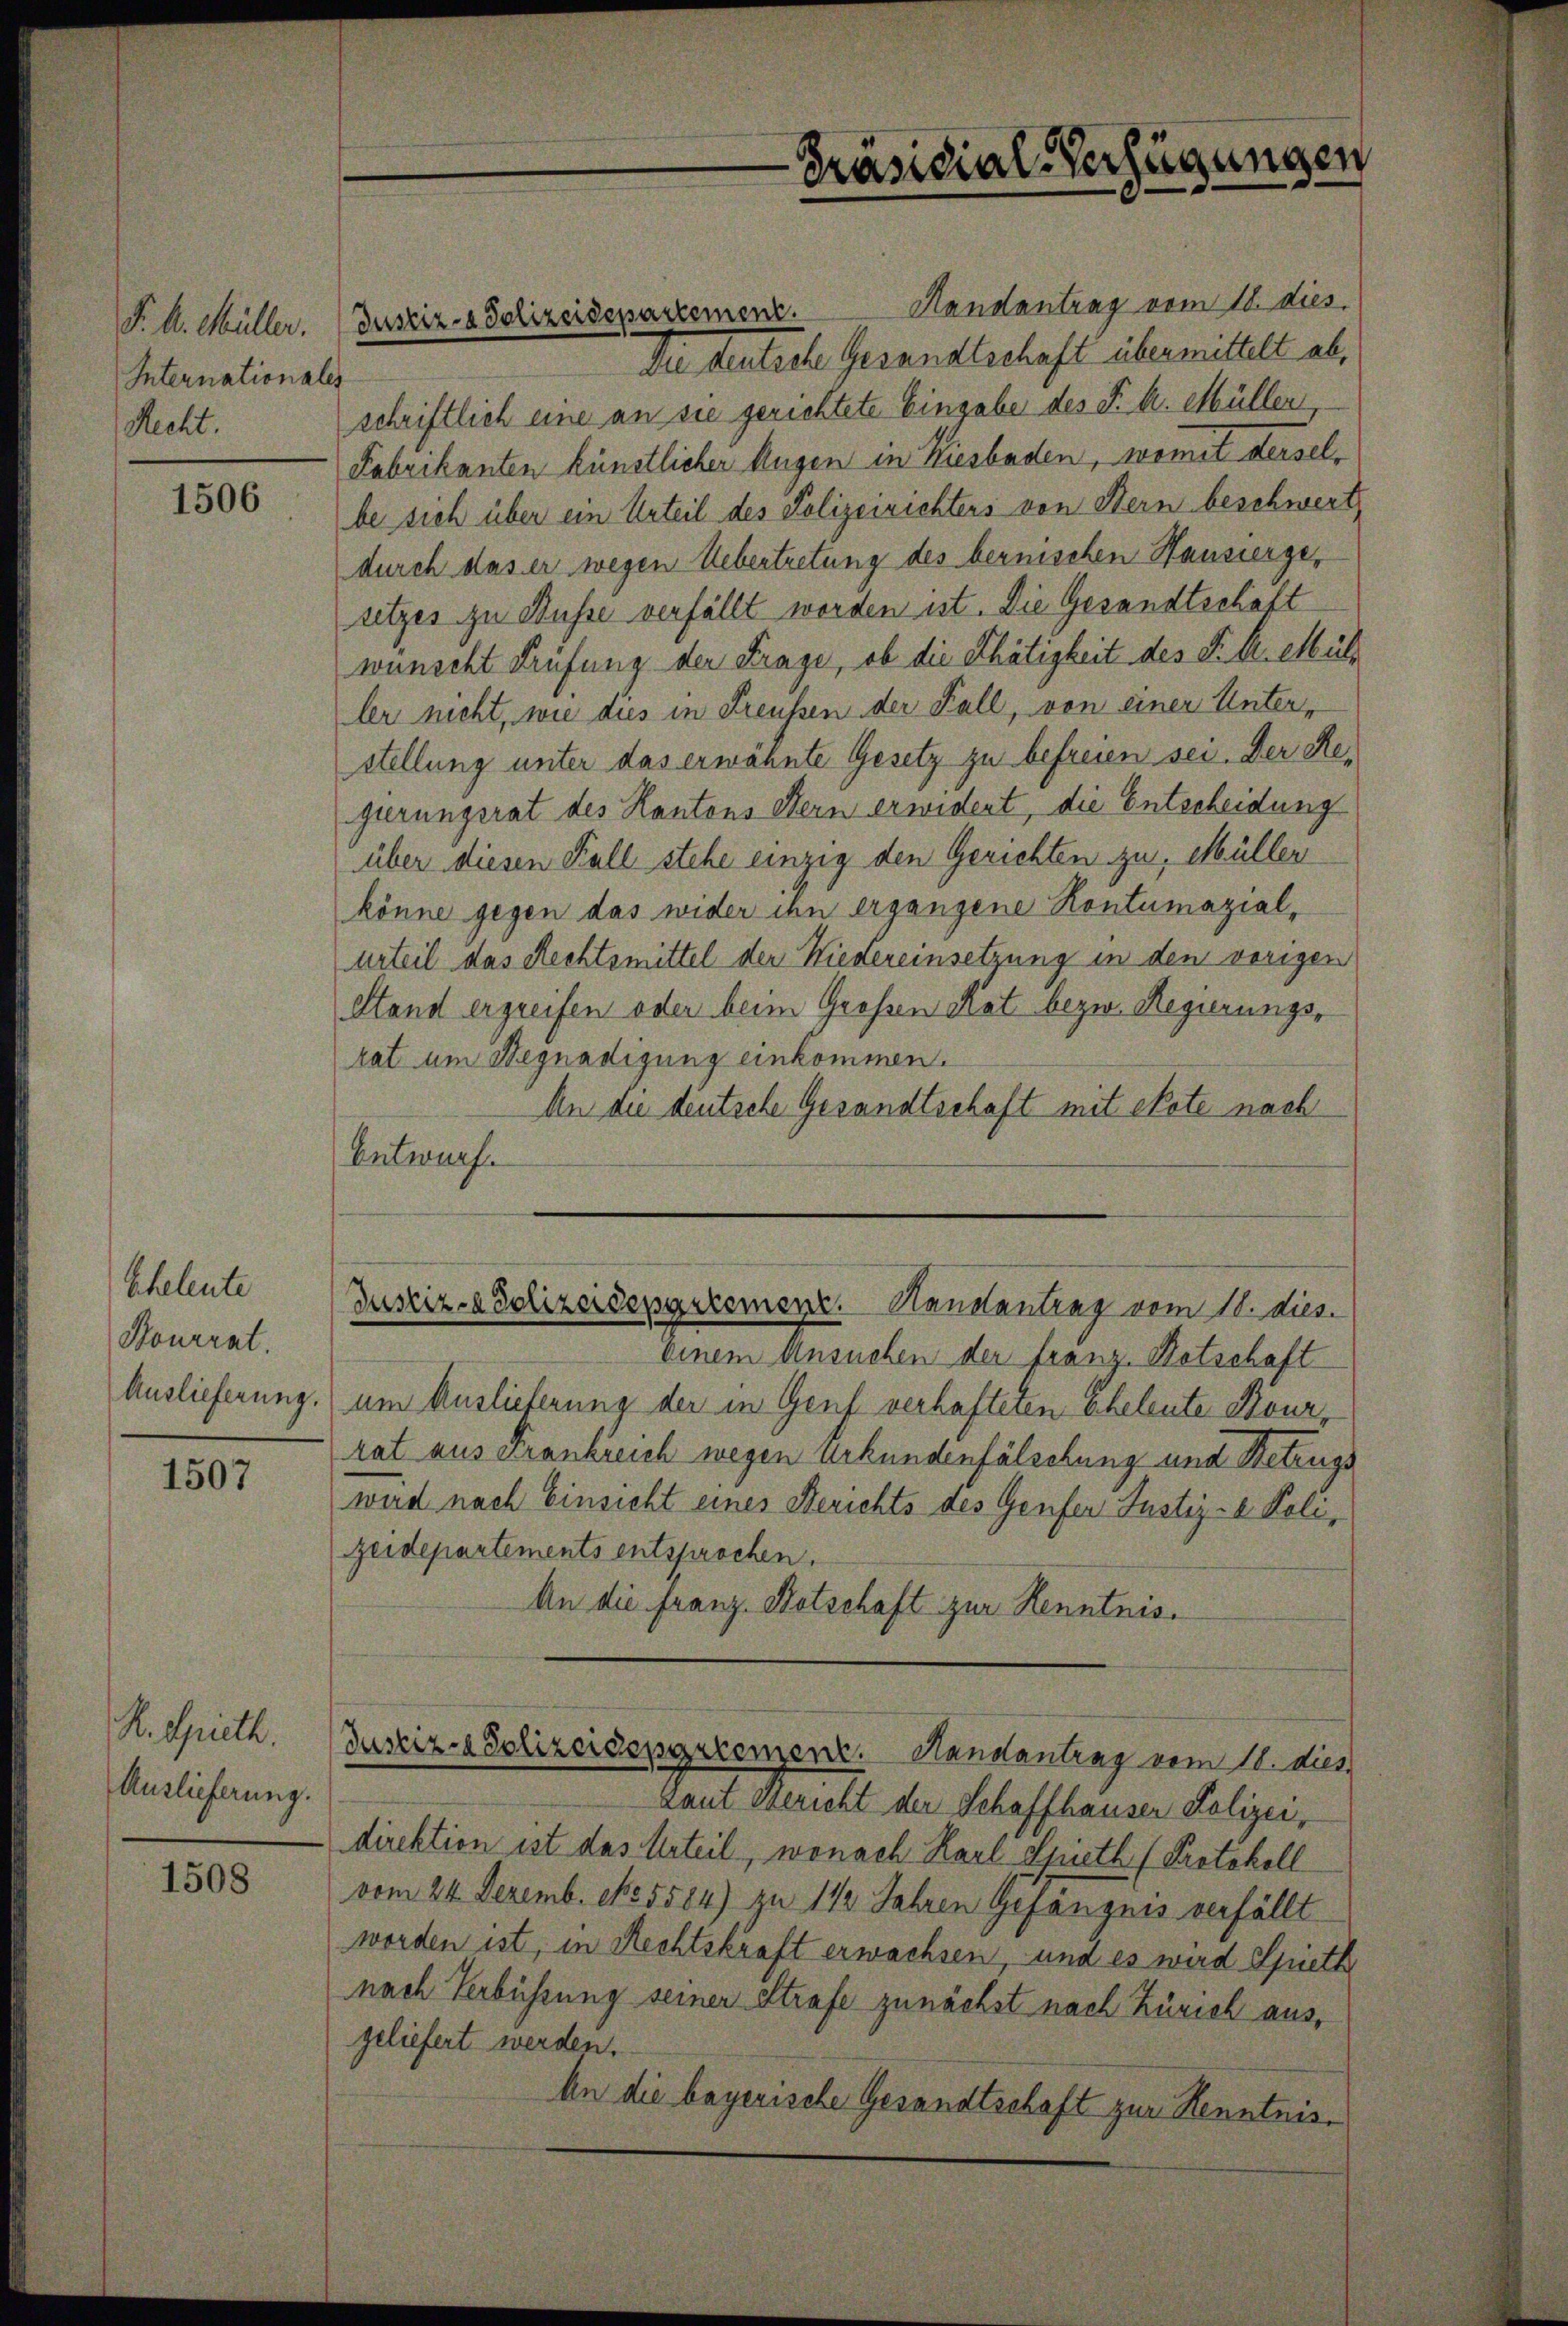
J. A. Müller.
Internationales
Recht.

1506

Scheleute
Kourrat.
Auslieferung.

1507

K. Grieth.
Auslieferung.

1508

Handantrag vom 18. dies
Die deutsche Gesandtschaft übermittelt ab,
schriftlich eine an sie gerichtete Eingabe des P. k. Müller,
Fabrikanten künstlicher Augen in Wiesbaden, womit derselbe sich über ein Urteil des Polizeirichters von Bern beschwert
durch das er wegen Uebertretung des bernischen Haussergesetzes zu Busse verfällt worden ist. Die Gesandtschaft
wünscht Prüfung der Frage, ob die Thätigkeit des Fr. k. Mül
ler nicht, wie dies in Freussen der Fall, von einer Unter-
stellung unter das erwähnte Gesetz zu befreien sei. Der Regierungsrat des Kantons Stern erwidert, die Entscheidung
über diesen Fall stehe einzig den Gerichten zu, Müller
könne gegen das wider ihn ergangene Kontumazialurteil das Rechtsmittel der Niedereinsetzung in den vorigen
Stand ergreifen oder beim Großen Rat bezw. Regierungsrat um Begnadigung einkommen.
An die deutsche Gesandtschaft mit etate nach
Entwurf.

Justiz- & Polizeidepartement.

Präsidial-Verfügungen

Justiz- & Polizeidepartement. Handentrag vom 10. dies.

einem Ansuchen der Franz. Notschaft
um Auslieferung der in Genf verhafteten Eheleute Bourrat aus Frankreich wegen Urkundenfälschung und Betrugs
wird nach Einsicht eines Berichts des Genfer Justiz- & Poli¬
Zeidepartements entsprochen.
An die Franz. Kotschaft zur Kenntnis¬

Laut gericht der Schaffhauser Polizei,
direktion ist das Urteil, wonach Karl Spieth (Protokoll
vom 24. Dezemb. No. 5584) zu 1 1/2 Jahren Gefängnis verfällt
worden ist, in Rechtskraft erwachsen, und es wird Spieth
nach Verbüssung seiner Strafe zunächst nach Zürich aus,
geliefert werden.
An die bayerische Gesandtschaft zur Kenntnis¬

Justiz- & Polizeidepartement. Handantrag vom 18. dies